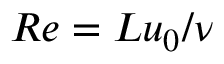
R e = L u _ { 0 } / \nu